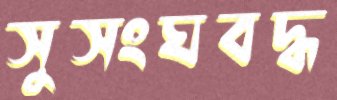
সুসংঘবদ্ধ